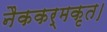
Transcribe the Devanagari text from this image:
नैककर्मकृत।